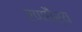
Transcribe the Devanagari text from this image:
रणधैर्य